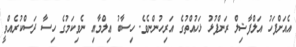
އެއަށްފަހު އަލްފާޟިލް ރަންފުޅު ޅަހުއްތުގެ އަރިހުންނެވެ. ހިސާބު ޢިލްމާއި ނެވިކަމުގެ ހިސާ ދަސްކުރެއްވީ